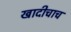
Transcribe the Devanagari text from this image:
खादीचाच